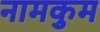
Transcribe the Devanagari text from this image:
नामकुम